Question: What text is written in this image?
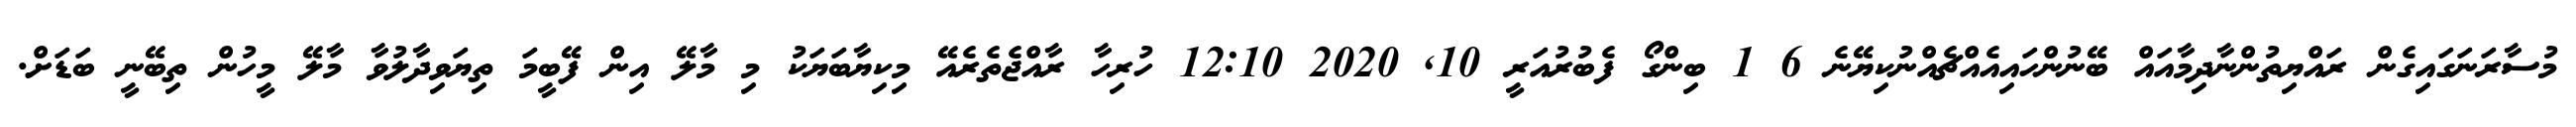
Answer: މުސާރަނަގައިގެން ރައްޔިތުންނާދިމާއައް ބޭނުންހައިއެއްޗެއްނުކިޔޭނެ 6 1 ބިންގޯ ފެބުރުއަރީ 10, 2020 12:10 ހުރިހާ ރާއްޖެތެރެއޭ މިކިޔާބަޔަކު މި މާލޭ އިން ފޭބީމަ ތިޔަވިދާލުވާ މާލޭ މީހުން ތިބޭނީ ބަޑަށް.